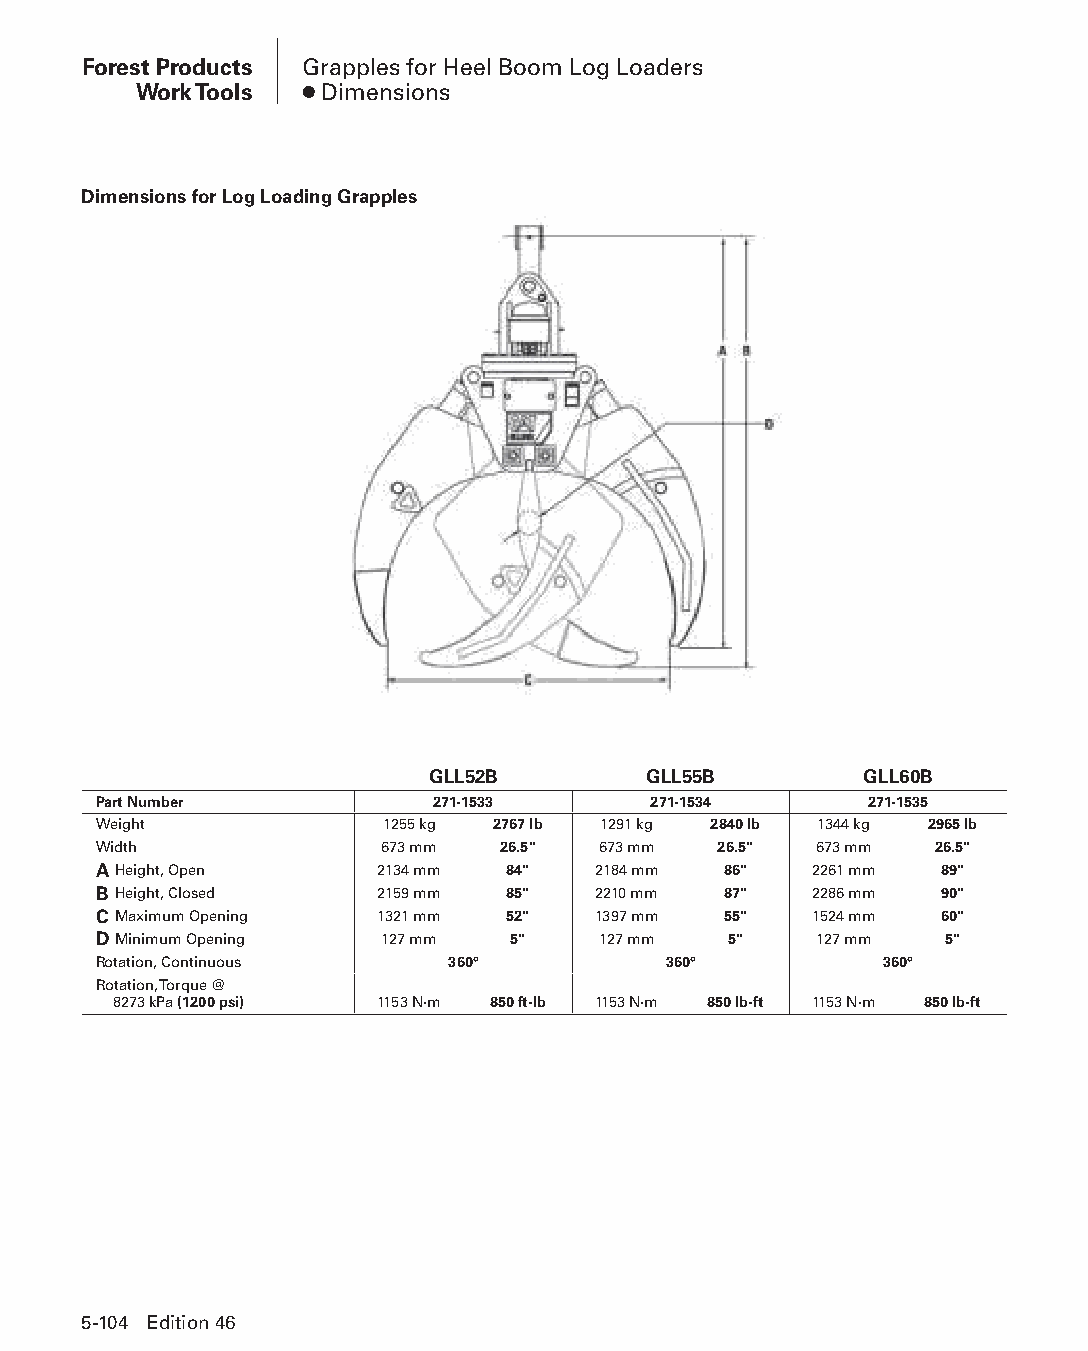
Forest Products Grapples for Heel Boom Log Loaders
 Work Tools ● Dimensions
 Dimensions for Log Loading Grapples
 GLL52B        GLL55B         GLL60B
 Part Number           271-1533      271-1534       271-1535
 Weight             1255 kg 2767 lb 1291 kg 2840 lb 1344 kg 2965 lb
 Width              673 mm 26.5"  673 mm  26.5" 673 mm  26.5"
 AHeight, Open     2134 mm  84"   2184 mm 86"   2261 mm  89"
 BHeight, Closed   2159 mm  85"   2210 mm 87"   2286 mm  90"
 CMaximum Opening  1321 mm  52"   1397 mm 55"   1524 mm  60"
 DMinimum Opening   127 mm  5"    127 mm   5"   127 mm   5"
 Rotation, Continuous   360°          360°           360°
 Rotation, Torque @
 8273 kPa (1200 psi) 1153 N·m 850 ft-lb 1153 N·m 850 lb-ft 1153 N·m 850 lb-ft
 5-104 Edition 46
 PPHHBB--SSeecc0055--1166..iinndddd 110044                      1122//44//1155 22::1188 PPMM